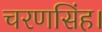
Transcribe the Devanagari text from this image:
चरणसिंह।